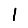
Digit: 1